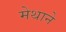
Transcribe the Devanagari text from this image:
मेथाने